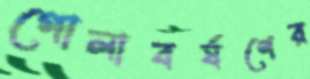
গোলাবর্ষণের